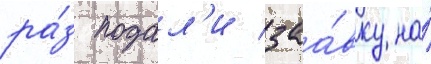
ра́з подал'и заа́вку на́